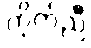
ကိုက်ညီ